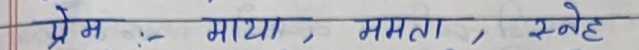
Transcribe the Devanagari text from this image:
प्रेम, माया, ममता, स्नेह